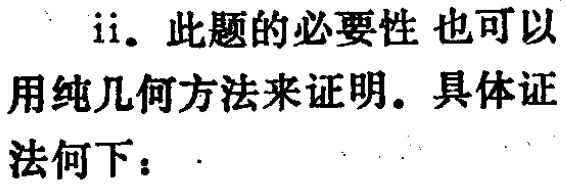
ii. 此题的必要性 也可以用纯几何方法来证明。具体证法如下：